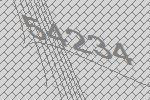
54234